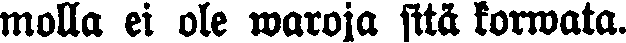
molla ei ole waroja sitä korwata.